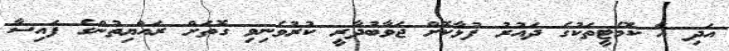
އަދި އެ ކޮމެޓީތަކުގެ ދައުރު ފުޅާކޮށް ޖަވާބުދާރީ ކުރުވެނިވި ގޮތަށް ރައްޔިތުންގެ ފައިސާ